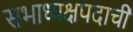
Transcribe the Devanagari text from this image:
सभाध्यक्षपदाची